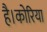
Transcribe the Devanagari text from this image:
है।कोरिया